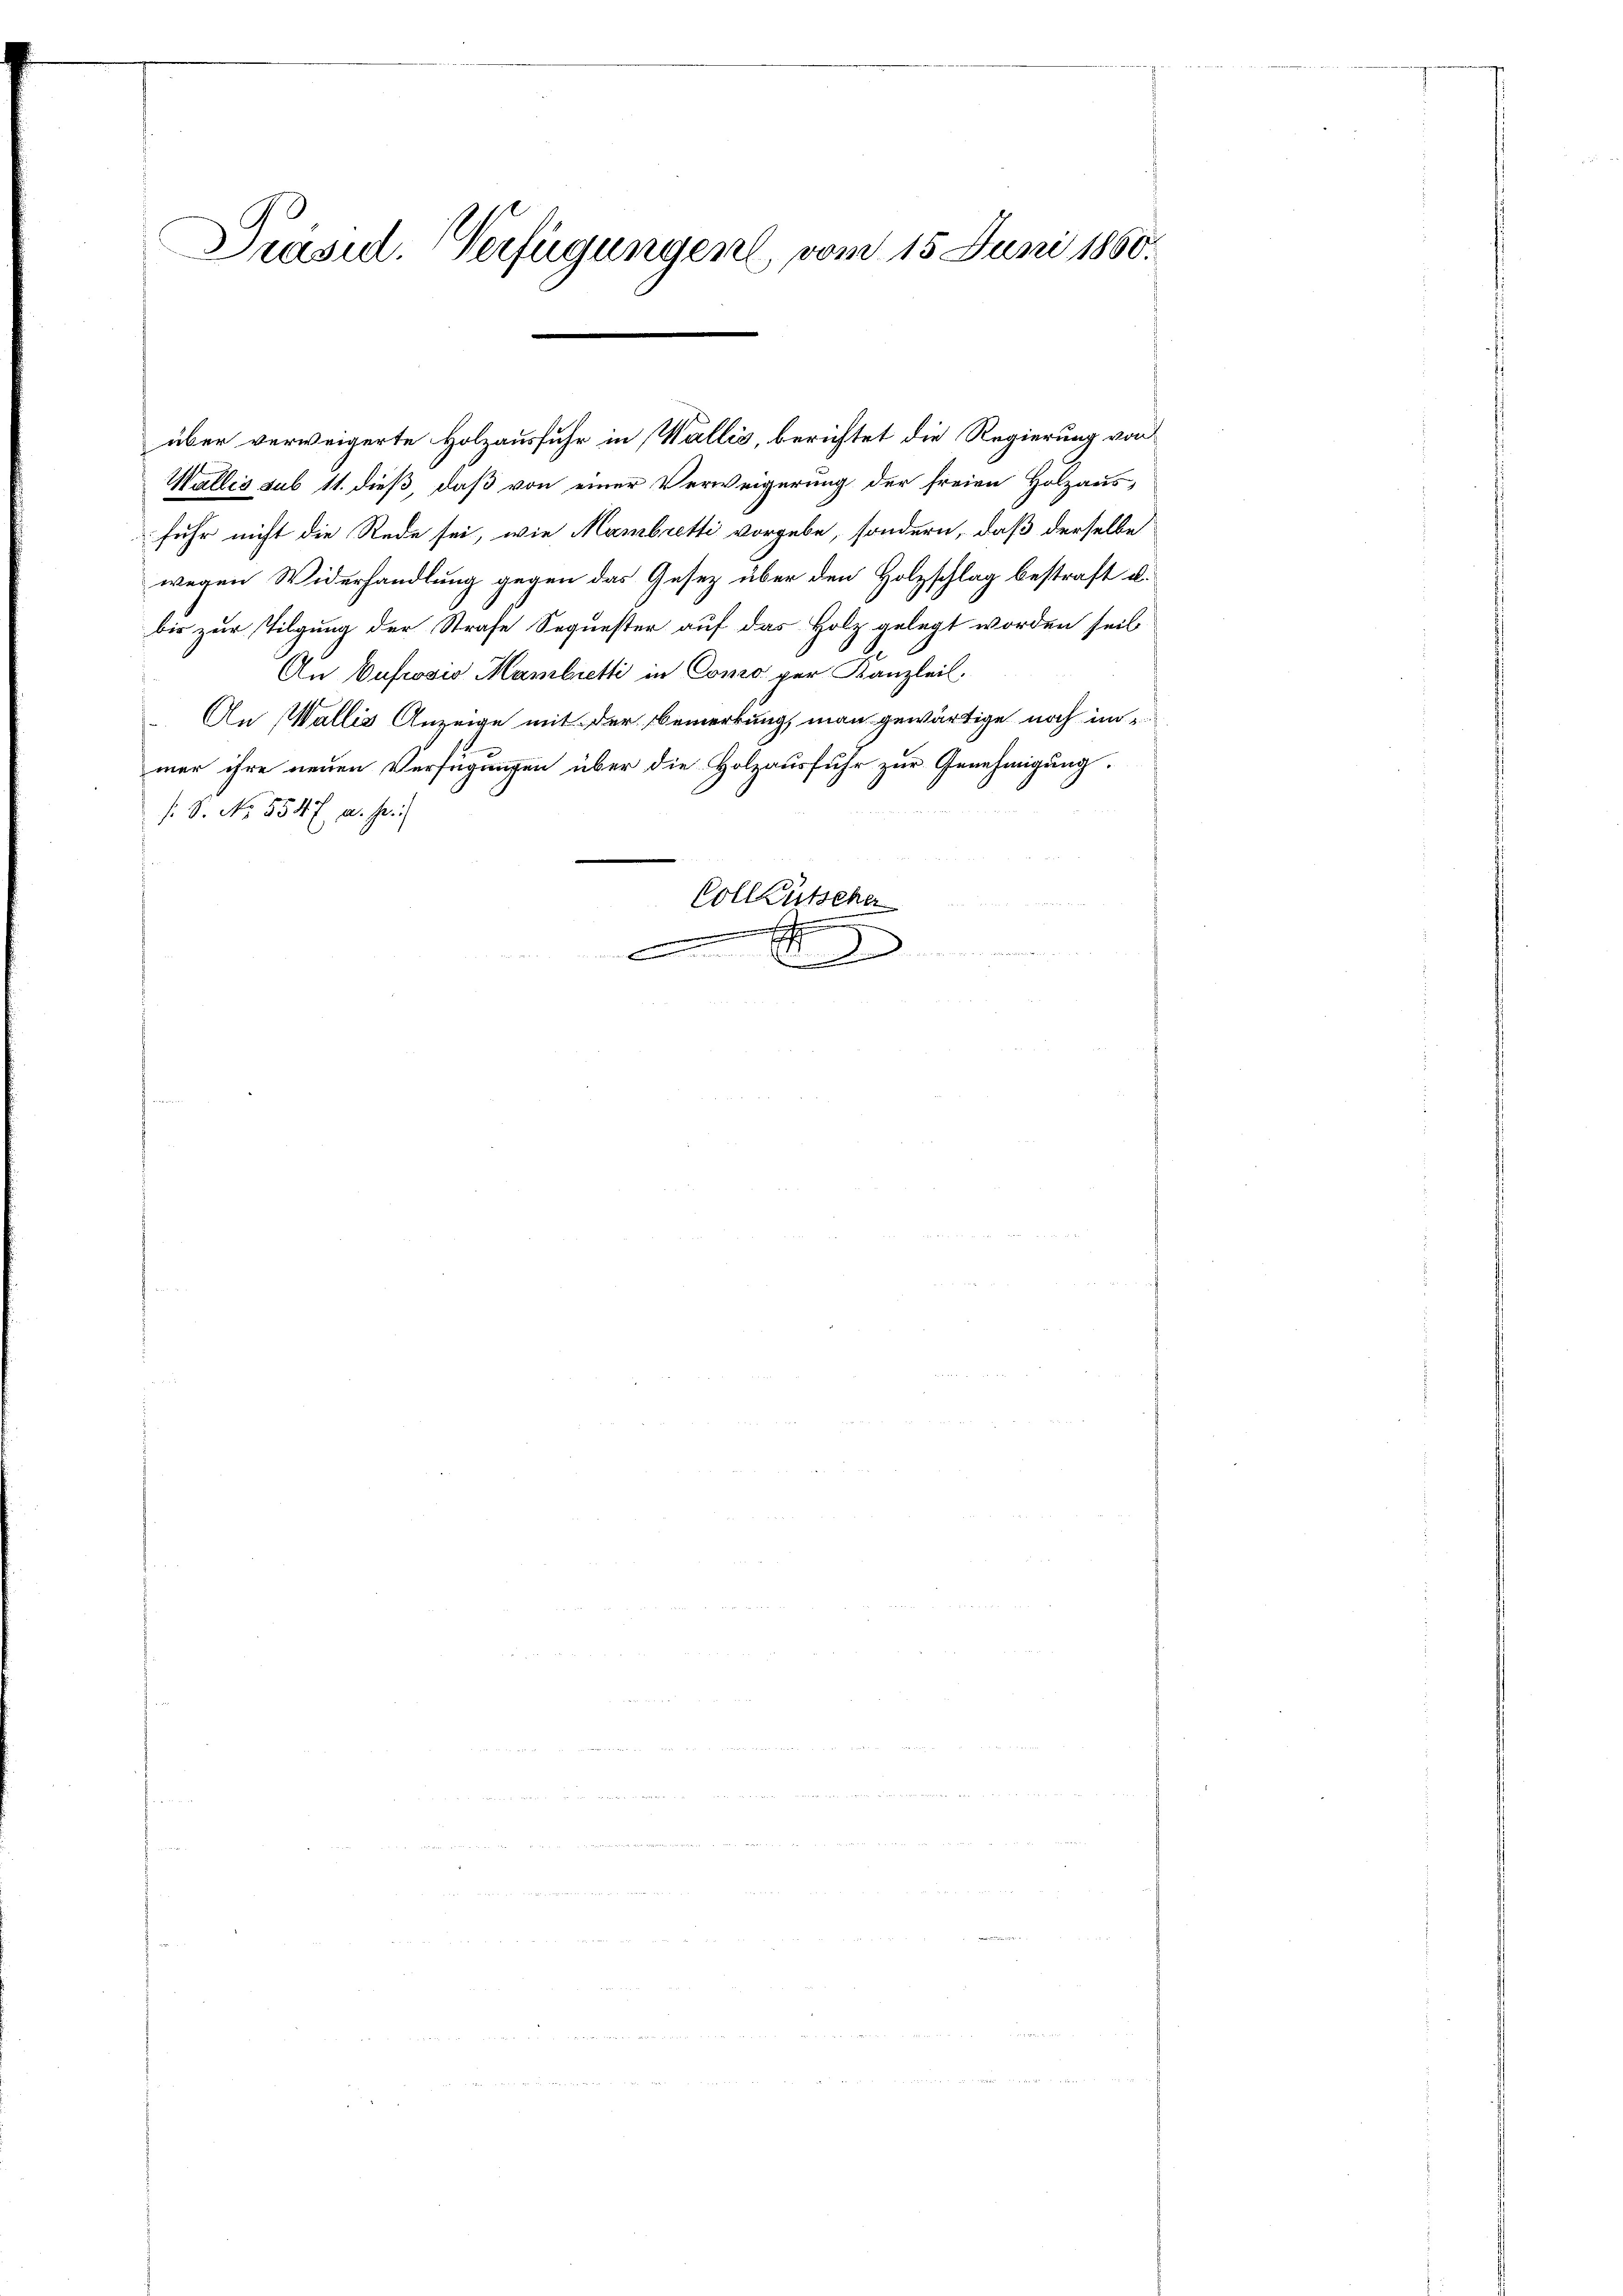
über verweigerte Holzausfuhr in Wallis, berichtet die Regierung von
Wallis sub 11. dieß, daß von einer Verweigerung der freien Holzaus-
fuhr nicht die Rede sei, wie Mambretti vorgebe, sondern, daß derselbe
wegen Widerhandlung gegen das Gesetz über den Holzschlag bestraft u.
bis zur Tilgung der Strafe Sequester auf das Holz gelegt worden seit
An Oufrosio Mambretti in Como per Kanzleil.
 An Wallis Anzeige mit der Bemerkung, man gewärtige noch immer ihre neuen Verfügungen über die Holzausfuhr zur Genehmigung.
s. S. No. 5547 u. sei
Vollzusehe

.

Präsid. Verfügungen, vom 15. Juni 1860.